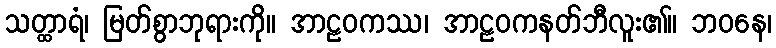
သတ္ထာရံ၊ မြတ်စွာဘုရားကို။ အာဠဝကဿ၊ အာဠဝကနတ်ဘီလူး၏။ ဘဝနေ၊